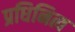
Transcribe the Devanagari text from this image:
प्रधिनित्व